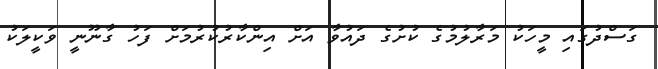
ގަސްދުގައި މީހަކު މަރާލުމުގެ ކުށުގެ ދައުވާ އަށް އިންކާރުކުރުމަށް ފަހު ގާނޫނީ ވަކީލަކު